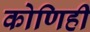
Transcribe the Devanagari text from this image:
कोणिही